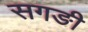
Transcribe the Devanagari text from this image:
सगङी